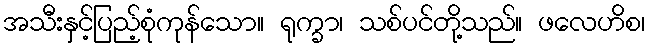
အသီးနှင့်ပြည့်စုံကုန်သော။ ရုက္ခာ၊ သစ်ပင်တို့သည်။ ဖလေဟိစ၊